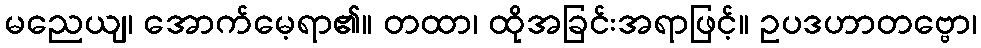
မညေယျ၊ အောက်မေ့ရာ၏။ တထာ၊ ထိုအခြင်းအရာဖြင့်။ ဥပဒဟာတဗ္ဗော၊